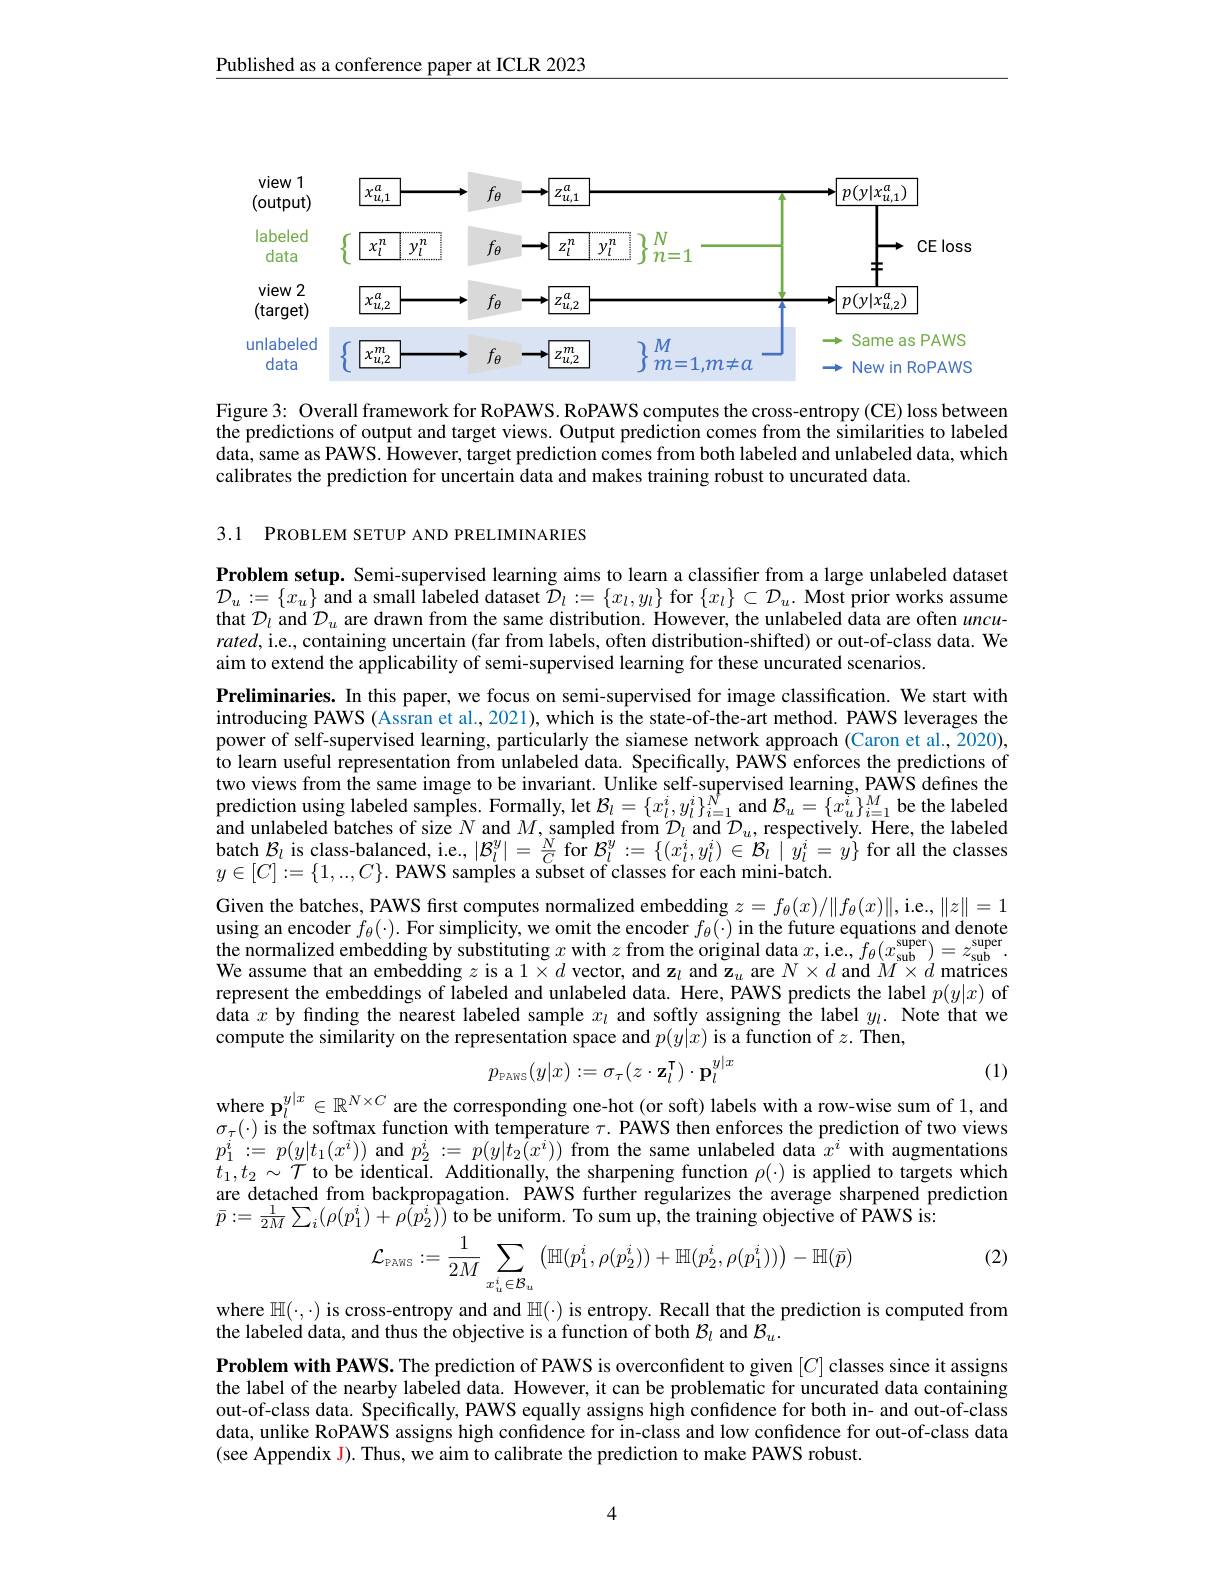
Published as a conference paper at ICLR 2023

<FigureHere>

Figure 3: Overall framework for RoPAWS. RoPAWS computes the cross-entropy (CE) loss between the predictions of output and target views. Output prediction comes from the similarities to labeled data, same as PAWS. However, target prediction comes from both labeled and unlabeled data, which calibrates the prediction for uncertain data and makes training robust to uncurated data.

3.1 PROBLEM SETUP AND PRELIMINARIES

Problem setup. Semi-supervised learning aims to learn a classifier from a large unlabeled dataset $\mathcal{D}_{u}:=\{x_{u}\}$ and a small labeled dataset $\tilde{\mathcal{D}}_{l}:=\{x_{l},y_{l}\}$ for $\{x_{l}\}\subset\mathcal{D}_{u}.$ Most prior works assume that $\mathcal{D}_l$ and $\mathcal{D}_u$ are drawn from the same distribution. However, the unlabeled data are often $uncu-$ $rated$,i.e., containing uncertain (far from labels, often distribution-shifted) or out-of-class data. We aim to extend the applicability of semi-supervised learning for these uncurated scenarios.

Preliminaries. In this paper, we focus on semi-supervised for image classification. We start with introducing PAWS (Assran et al., 2021), which is the state-of-the-art method. PAWS leverages the power of self-supervised learning, particularly the siamese network approach (Caron et al., 2020), $\hat{\text{to learn useful representation from unlabeled data. Specifically, PAWS enforces the predictions of}}$ two views from the same image to be invariant. Unlike self-supervised learning, PAWS defines the prediction using labeled samples. Formally, let $\mathcal{B}_l=\{x_l^i,y_l^i\}_{i=1}^N$ and $\mathcal{B}_u=\{x_u^i\}_{i=1}^M$ be the labeled and unlabeled batches of size $N$ and $M$,sampled from $\mathcal{D}_l$ and $\mathcal{D}_u$, respectively. Here, the labeled batch $\mathcal{B}_l$ is class-balanced, i.e., $|\mathcal{B}_l^y|=\frac{N}{C}$ for $\mathcal{B}_l^y:=\{(x_l^i,y_l^i)\in\mathcal{B}_l\mid y_l^i=\check{y}\}$ for all the classes $y\in[C]:=\{1,...,C\}.$ PAWS samples a subset of classes for each mini-batch

Given the batches, PAWS frst computes normalized embedding $z=f_\theta(x)/\|f_\theta(x)\|$,i.e., $\|z\|=1$ using an encoder $f_\theta ( \cdot ) .$For simplicity, we omit the encoder $f_\theta ( \cdot )$ in the future equations and denote the normalized embedding by substituting $x$ with $z$ from the original data $x$, i.e.$f_\theta(x_{\mathrm{sub}}^\mathrm{supcr})=z_\mathrm{sub}^\mathrm{super}.$ We assume that an embedding $z$ is a $1\times d$ vector, and $\mathbf{z}_l$ and $\mathbf{z}_u$ are $N\times d$ and $M\times d$ matrices represent the embeddings of labeled and unlabeled data. Here, PAWS predicts the label $p(y|x)$ of data $x$ by finding the nearest labeled sample $x_l$ and softly assigning the label $y_l.$ Note that we compute the similarity on the representation space and $p(y|x)$ is a function of $z.$ Then,
$$p_{_{\mathrm{PAWS}}}(y|x):=\sigma_{\tau}(z\cdot\mathbf{z}_{l}^{\mathsf{T}})\cdot\mathbf{p}_{l}^{y|x}$$
where p$_l^{y|x}\in\mathbb{R}^{N\times C}$ are the corresponding one-hot (or soft) labels with a row-wise sum of 1, and

(1)

$\sigma_{\tau}(\cdot)$ is the softmax function with temperature $\tau.$ PAWS then enforces the prediction of two views $p_{1}^{i}: =$ $p( y| t_{1}( x^{i}) )$ and $p_2^{i}: =$ $p( y| t_{2}( x^{i}) )$ from the same unlabeled data $\hat{x}^{i}$ with augmentations $t_1,t_2\sim\mathcal{T}$ to be identical. Additionally, the sharpening function $\rho(\cdot)$ is applied to targets which are detached from backpropagation. PAWS further regularizes the average sharpened prediction $\bar{p}:=\frac{1}{2M}\sum_{i}(\rho(p_{1}^{i})+\rho(p_{2}^{i}))$ to be uniform. To sum up, the training objective of PAWS is:

(2)
$$\mathcal{L}_{\mathrm{PAWS}}:=\frac{1}{2M}\sum_{x_{u}^{i}\in\mathcal{B}_{u}}\left(\mathbb{H}(p_{1}^{i},\rho(p_{2}^{i}))+\mathbb{H}(p_{2}^{i},\rho(p_{1}^{i}))\right)-\mathbb{H}(\bar{p})$$
where $\mathbb{H}(\cdot,\cdot)$ is cross-entropy and and $\mathbb{H}(\cdot)$ is entropy. Recall that the prediction is computed from
the labeled data, and thus the objective is a function of both $\mathcal{B}_l$ and $\mathcal{B}_u.$
Problem with PAWS. The prediction of PAWS is overconfident to given $[C]$ classes since it assigns the label of the nearby labeled data. However, it can be problematic for uncurated data containing out-of-class data. Specifically, PAWS equally assigns high confidence for both in- and out-of-class data, unlike RoPAWS assigns high confidence for in-class and low confidence for out-of-class data (see Appendix J). Thus, we aim to calibrate the prediction to make PAWS robust.

4